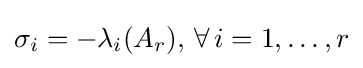
\sigma _{i}=-\lambda _{i}(A_{r}),\,\forall \,i=1,\ldots ,r